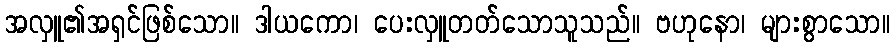
အလှူ၏အရှင်ဖြစ်သော။ ဒါယကော၊ ပေးလှူတတ်သောသူသည်။ ဗဟုနော၊ များစွာသော။